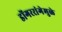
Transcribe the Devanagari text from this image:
डोंगररांगेमुळे